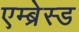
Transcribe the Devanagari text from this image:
एम्ब्रेस्ड